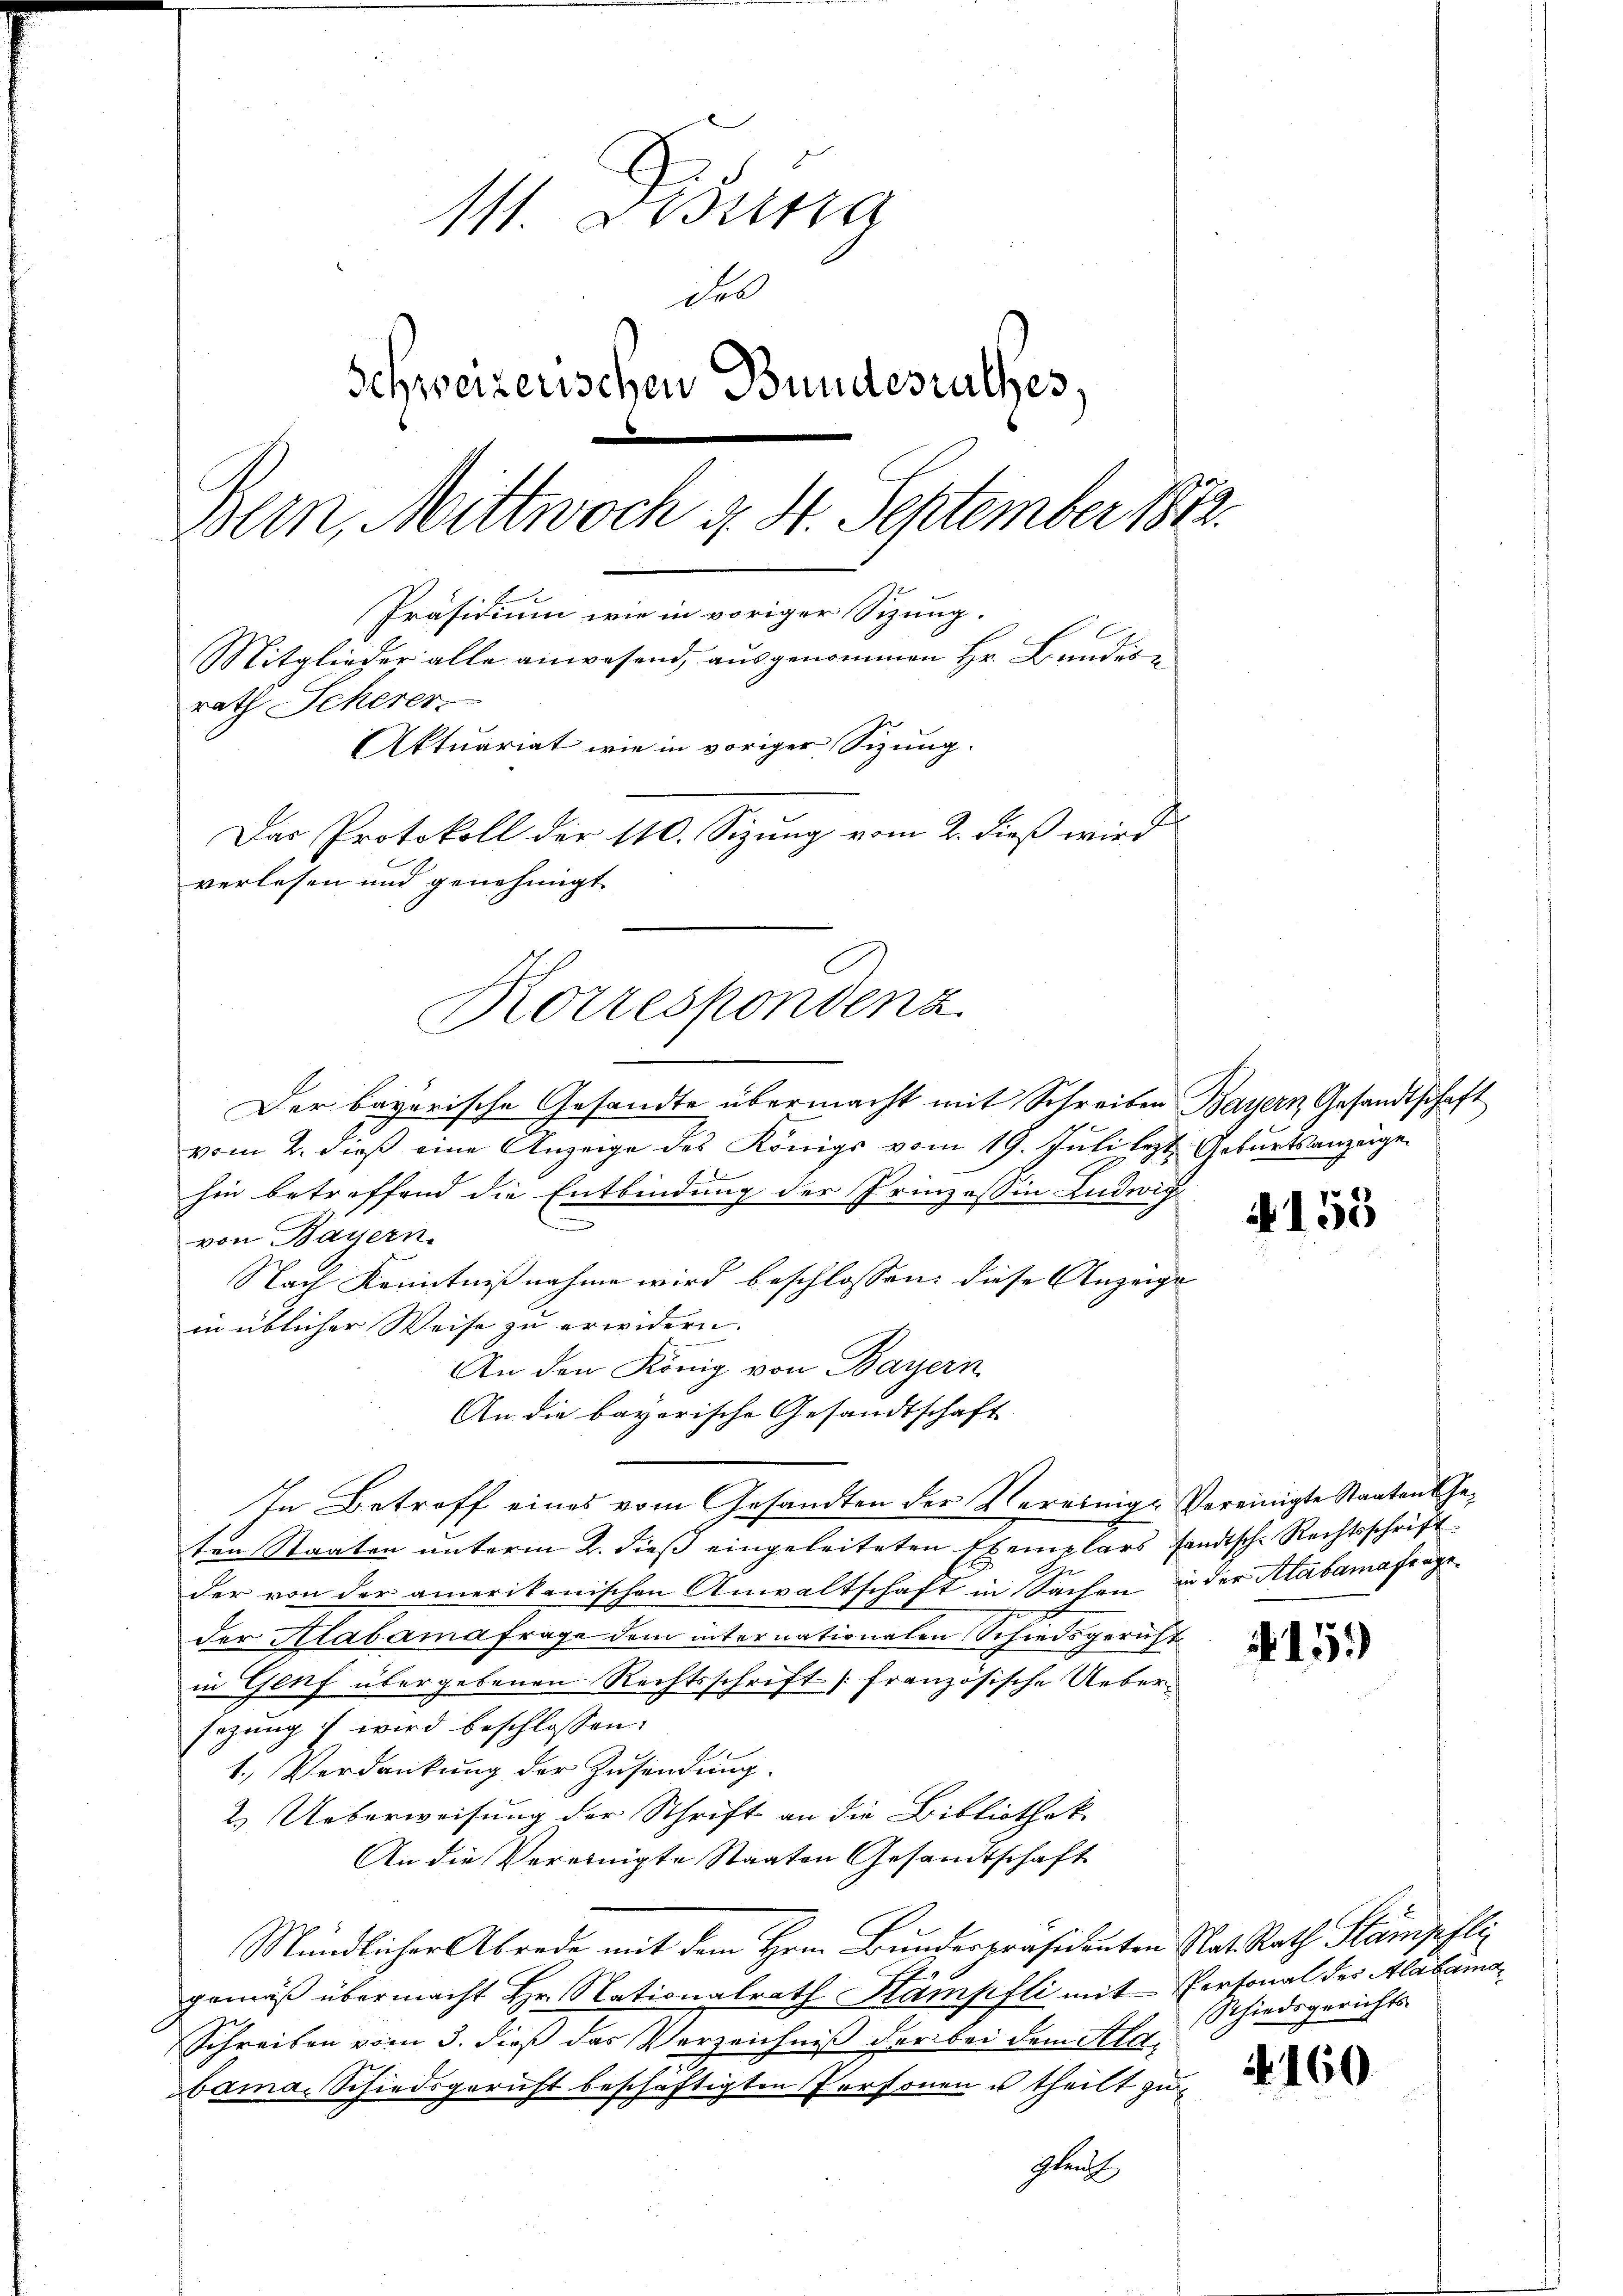
111. Deze
del
Schweizerischen Bundesrathes,
Bern, Mittwoch d. 4. September 1872.
Präsidium wie in voriger Sitzung.
Mitglieder alle anwesend, ausgenommen Hr. Bundesrath Scherer
Aktuariat wie in voriger Sizung.
Das Protokoll der 110. Sizung vom 2. dieß wird
verlesen und genehmigt
Korrespondenz

Der bayerische Gesandte übermacht mit Schreiben Bayern Gesandtschaft
vom 2. dieß eine Anzeige des Königs vom 19. Juli lezt Geburtsanzeige
hin betreffend die Entbindung der Prinzessin Ludwig
l
von Bayern.
Nach Kenntnißnahme wird beschlossen: diese Anzeige
in üblicher Weise zu erwidern.
An den König von Bayern
An die bayorische Gesandtschaft
In Betroff eines vom Gesandten der Vereinige Vereinigte Staaten Geten Staaten unterm 2. dieß eingeleiteten Exemplars sandtsche Rechtsschrift
der von der amerikanischen Anwaltschaft in Sachen in der Alabamafrageder Alabamafrage dem internationalen Schiedsgericht
in Genf übergebenen Rechtsschrift französische Uebersezung wird beschlossen:
1.) Verdankung der Zusendung.
2.) Ueberweisung der Schrift an die Bibliothek.
An die Vereinigte Staaten Gesandtschaft
Mündlicher Abrede mit dem Hrn. Bunderpräsidenten Rat Rath Stämpfli
gemäß übermacht Hr. Nationalrath Stampfli mit Portonal des Alabama¬
Schreiben vom 3. dieß das Verzeichniß der bei dem Klabama, Schiedsgericht beschäftigten Personen u theilt zu
Glau

A 155

15.)

4160

Schiedsgerichts